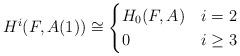
LaTeX: \begin{align*}H^i(F, A(1)) \cong\begin{cases}H_0(F, A) & i = 2 \\0 & i\ge 3\end{cases}\end{align*}